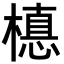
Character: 𣚅